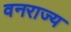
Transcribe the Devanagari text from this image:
वनराज्य